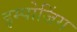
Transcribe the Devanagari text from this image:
इम्पोजिंग